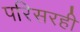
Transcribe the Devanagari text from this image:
परिसरही